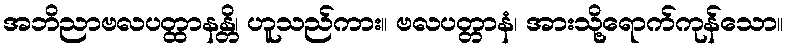
အဘိညာဗလပတ္ထာနန္တိ၊ ဟူသည်ကား။ ဗလပတ္တာနံ၊ အားသို့ရောက်ကုန်သော။